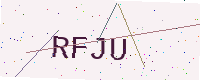
Text: RFJU